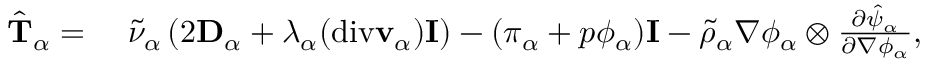
\begin{array} { r l } { \hat { \mathbf { T } } _ { \alpha } = } & { ~ \tilde { \nu } _ { \alpha } \left( 2 \mathbf { D } _ { \alpha } + \lambda _ { \alpha } ( \mathrm { d i v } \mathbf { v } _ { \alpha } ) \mathbf { I } \right) - ( \pi _ { \alpha } + p \phi _ { \alpha } ) \mathbf { I } - \tilde { \rho } _ { \alpha } \nabla \phi _ { \alpha } \otimes \frac { \partial \hat { \psi } _ { \alpha } } { \partial \nabla \phi _ { \alpha } } , } \end{array}